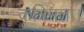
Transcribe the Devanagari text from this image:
कृत्रिमता।